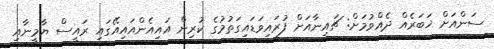
ސަންއަށް ޚަބަރެއް ދެއްވުމަށް: ޗައިނާއަށް ފުރައިވަޑައިގަތުމުގެ ކުރިން އައިއެންއައިއޭގައި ރައީސް ޔާމީނާއި